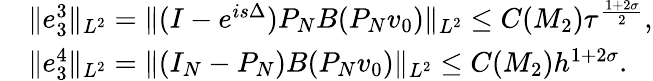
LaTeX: \begin{array}{rl}&{\| e_{3}^{3}\| _{L^{2}}=\| (I-e^{is\Delta})P_{N}B(P_{N}v_{0})\| _{L^{2}}\leq C(M_{2})\tau^{\frac{1+2\sigma}{2}},}\\ &{\| e_{3}^{4}\| _{L^{2}}=\| (I_{N}-P_{N})B(P_{N}v_{0})\| _{L^{2}}\leq C(M_{2})h^{1+2\sigma}.}\end{array}